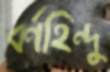
বর্ণহিন্দু